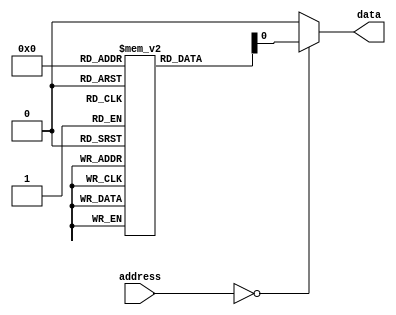
module ROM (
    input wire [7:0] address,
    output reg data
);

reg [7:0] rom_data [0:255]; // 256 memory cells
// Initialize memory data
initial begin
    rom_data[0] = 8'b11001100; // sample data
    // Initialize more memory cells
end

always @ (address)
begin
    case(address)
        // Decoder logic to select memory cell based on address
        8'b00000000: data = rom_data[0];
        // Add more cases for remaining memory cells
        default: data = 8'b00000000; // default case
    endcase
end

endmodule